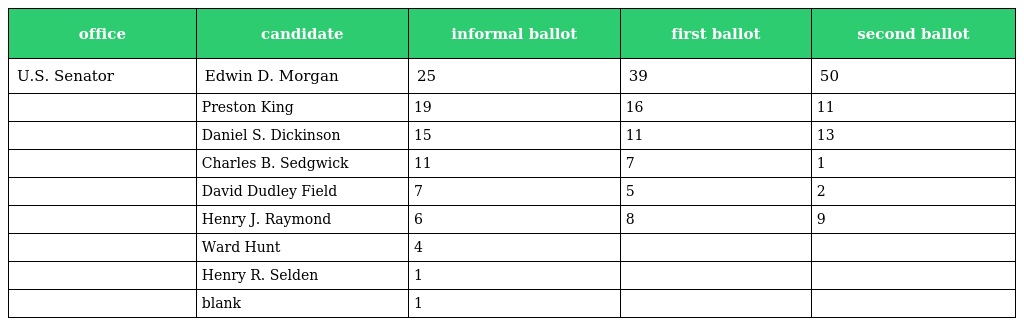
| office | candidate | informal ballot | first ballot | second ballot |
 | --- | --- | --- | --- | --- |
 | U.S. Senator | Edwin D. Morgan | 25 | 39 | 50 |
 |  | Preston King | 19 | 16 | 11 |
 |  | Daniel S. Dickinson | 15 | 11 | 13 |
 |  | Charles B. Sedgwick | 11 | 7 | 1 |
 |  | David Dudley Field | 7 | 5 | 2 |
 |  | Henry J. Raymond | 6 | 8 | 9 |
 |  | Ward Hunt | 4 |  |  |
 |  | Henry R. Selden | 1 |  |  |
 |  | blank | 1 |  |  |